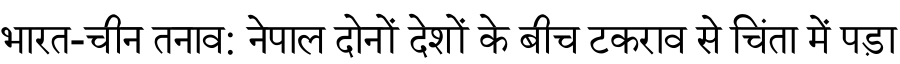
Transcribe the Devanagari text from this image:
भारत-चीन तनाव: नेपाल दोनों देशों के बीच टकराव से चिंता में पड़ा